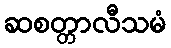
ဆစတ္တာလီသမံ